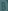
B